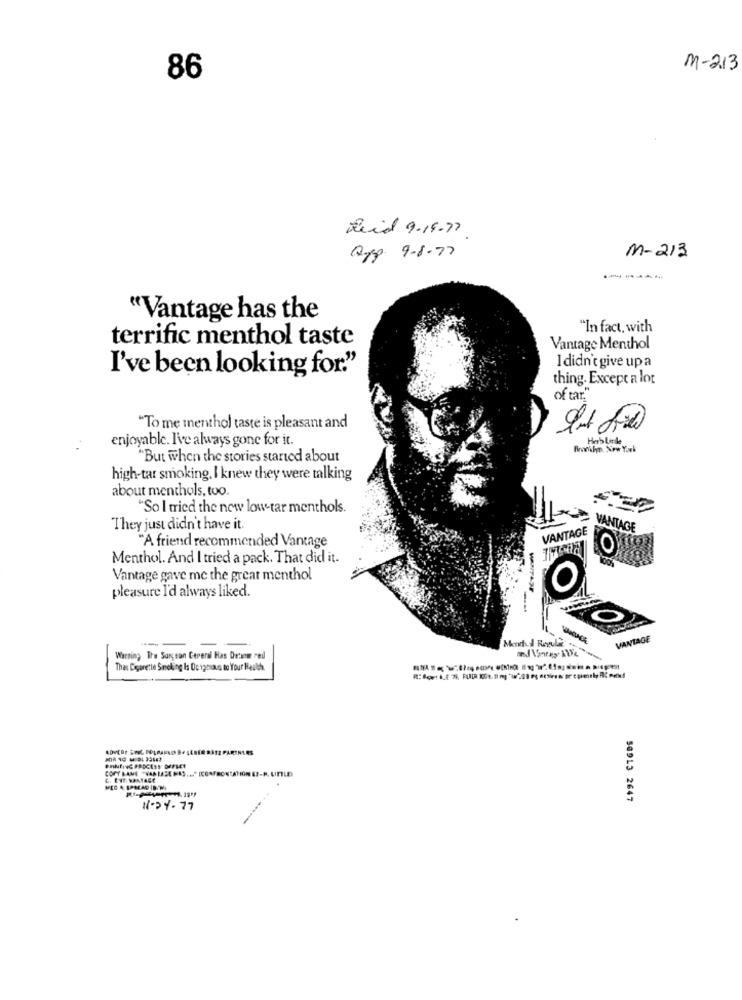
M-213
86
Reid 9.19.77
App. 9-8-77
m-213
-----
"Vantage has the
"In fact, with
terrific menthol taste
Vantage Menthol
I didn't give upa
I've been looking for."
thing. Except a lot
of tar."
"To me menthol taste is pleasant and
enjoyable. I've always gone for it.
Herb Lirde
Bronkhyn. Siew York
"But when the stories started about
high-tar smoking, I knew they were talking
about menthols, too.
"So I tried the new low tar menthols.
They just didn't have it.
VANTAGE
"A friend recommended Vantage
VANTAGE
Menthol. And I tried a pack. That did it.
Vantage gave me the great menthol
pleasure I'd always liked.
0
VANTAGE
Warning Tre Surgeon Cereral Has Drone red
That Cigarette Smoking Is De 1goiaus to Your Haulh.
C. Em MANTAGE
50913 2647
N24-77